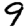
Digit: 9